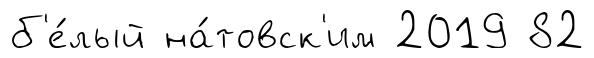
б'е́лый на́товск'им 2019 82